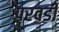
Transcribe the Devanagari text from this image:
परवडी